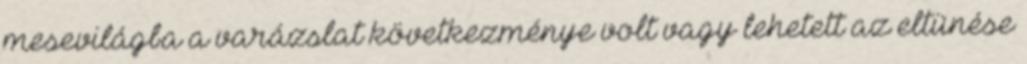
mesevilágba a varázslat következménye volt vagy lehetett az eltünése